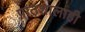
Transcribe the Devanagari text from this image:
पाठशालाही